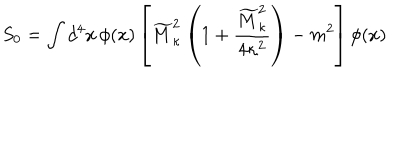
LaTeX: S _ { 0 } = \int d ^ { 4 } x \, \phi ( x ) \left[ \widetilde { M } _ { \kappa } ^ { 2 } \left( 1 + { \frac { \widetilde { M } _ { \kappa } ^ { 2 } } { 4 \kappa ^ { 2 } } } \right) - m ^ { 2 } \right] \phi ( x )